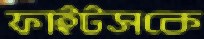
ফাইটসকে